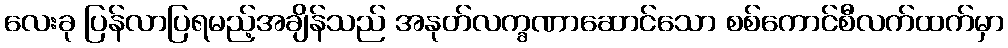
လေးခု ပြန်လာပြရမည့်အချိန်သည် အနုတ်လက္ခဏာဆောင်သော စစ်ကောင်စီလက်ထက်မှာ